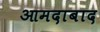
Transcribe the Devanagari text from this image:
आमदाबाद